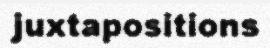
juxtapositions